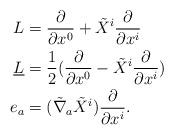
LaTeX: \begin{align*} L&=\frac{\partial}{\partial x^0}+\tilde{X}^i \frac{\partial}{\partial x^i}\\\underline L&=\frac{1}{2}(\frac{\partial}{\partial x^0}-\tilde{X}^i\frac{\partial}{\partial x^i})\\e_a&=(\tilde{\nabla}_a \tilde{X}^i) \frac{\partial}{\partial x^i}.\end{align*}